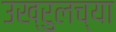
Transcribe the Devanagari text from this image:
उख्रुलच्या